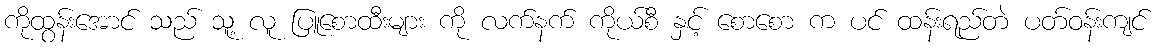
ကိုထွန်းအောင် သည် သူ့ လူ ပြူစောထီးများ ကို လက်နက် ကိုယ်စီ နှင့် စောစော က ပင် ထန်းရည်တဲ ပတ်ဝန်းကျင်